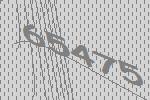
65475